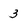
Character: 3